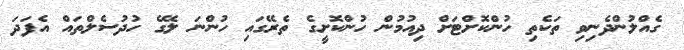
ގެއްލުންދެނިވި ތަކެތި ހުންކޮށްޓަށް ދިއުމުން ހުންކޮށީގެ ތެރޭގައި ހުންނަ ލޭގެ ހުދުސެލްތައް އެފަދަ